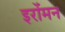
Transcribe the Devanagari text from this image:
इरोंमन